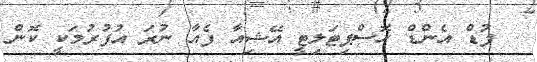
ފުޑް އެންޑް ހޮސްޕިޓަލިޓީ އޭޝިއާ ފެއާ ނުރަ އުފުރުމަކީ ކޮން